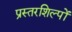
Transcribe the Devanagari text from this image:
प्रस्तरशिल्पों